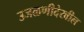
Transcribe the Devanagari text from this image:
उजळणीदेखील